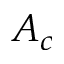
A _ { c }